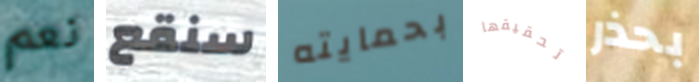
نعم سنقع بحمايته تحقيقها بحذر